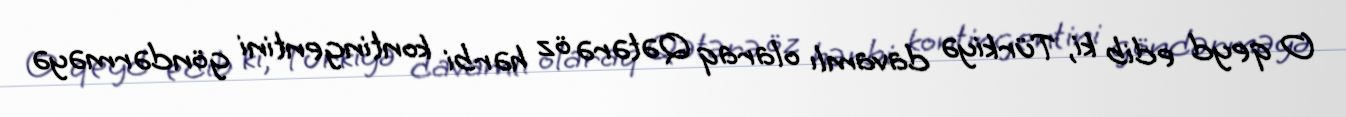
O qeyd edib ki, Türkiyə davamlı olaraq Qətərə öz hərbi kontingentini göndərməyə